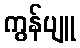
ကွန်ပျူ